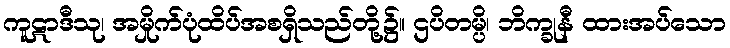
ကူဋာဒီသု၊ အမှိုက်ပုံထိပ်အစရှိသည်တို့၌။ ဌပိတမ္ပိ၊ ဘိက္ခုနီ ထားအပ်သော